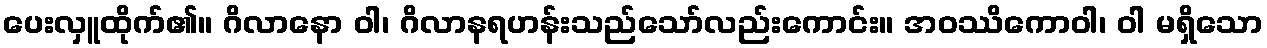
ပေးလှူထိုက်၏။ ဂိလာနော ဝါ၊ ဂိလာနရဟန်းသည်သော်လည်းကောင်း။ အဝဿိကောဝါ၊ ဝါ မရှိသော